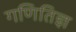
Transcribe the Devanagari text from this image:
गणितिज्ञ